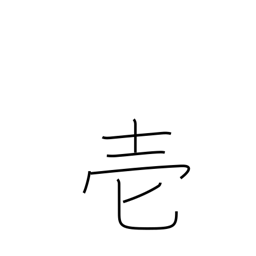
Meaning: one (in documents)